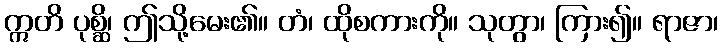
ဣတိ ပုစ္ဆိ၊ ဤသို့မေး၏။ တံ၊ ထိုစကားကို။ သုတွာ၊ ကြား၍။ ရာဇာ၊